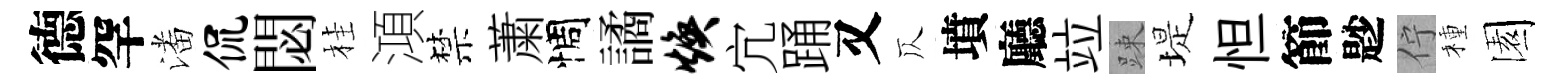
德罕潘侃閟桂澒禁䔥惆譎焕宂踊又仄墳廳竝踈堤怛節尟佇種園